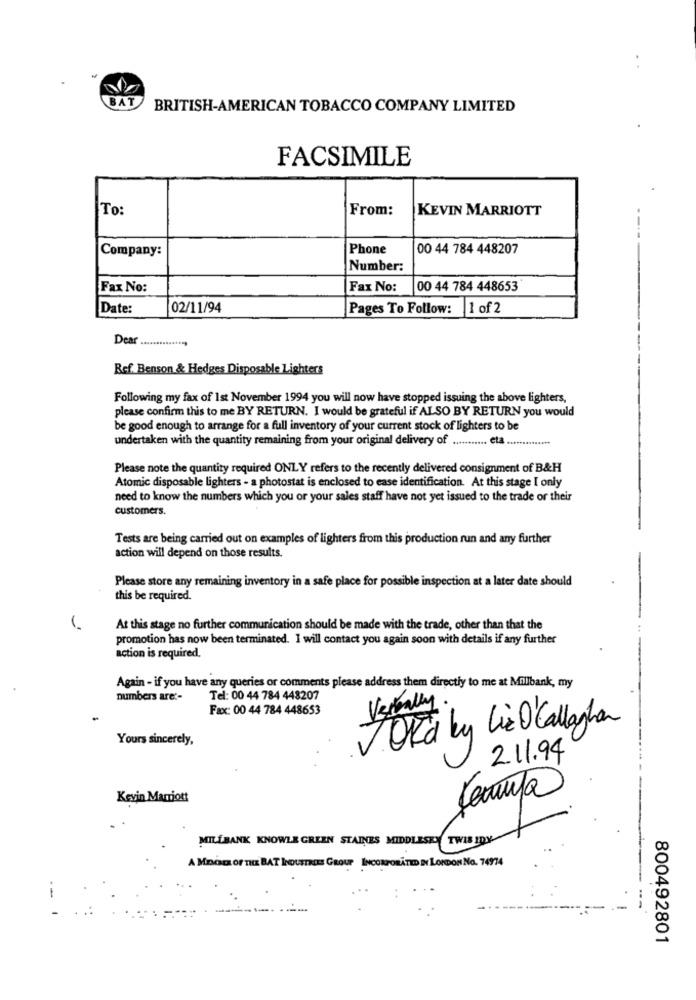
BA
BRITISH-AMERICAN TOBACCO COMPANY LIMITED
FACSIMILE
To:
From:
KEVIN MARRIOTT
Company:
Phone
00 44 784 448207
Number:
Fax No:
Fax No:
00 44 784 448653
Date:
02/11/94
Pages To Follow:
1 of 2
Dear
Ref. Benson & Hedges Disposable Lighters
Following my fax of 1st November 1994 you will now have stopped issuing the above lighters,
please confirm this to me BY RETURN. I would be grateful if ALSO BY RETURN you would
be good enough to arrange for a full inventory of your current stock of lighters to be
undertaken with the quantity remaining from your original delivery of ........... eta .....
Please note the quantity required ONLY refers to the recently delivered consignment of B&H
Atomic disposable lighters - a photostat is enclosed to ease identification. At this stage I only
need to know the numbers which you or your sales staff have not yet issued to the trade or their
customers.
Tests are being carried out on examples of lighters from this production run and any further
action will depend on those results.
Please store any remaining inventory in a safe place for possible inspection at a later date should
this be required.
At this stage no further communication should be made with the trade, other than that the
promotion has now been terminated. I will contact you again soon with details if any further
action is required.
Again - if you have any queries or comments please address them directly to me at Millbank, my
numbers are :-
Tel: 00 44 784 448207
Fax: 00 44 784 448653
Verbally
JORD by lic O'Callaghan
Yours sincerely,
2.11.94
Kevin Marriott
MILLBANK KNOWLE GREEN STAINES MIDDLESKY TWIS IDY
A MEGE OF THEE BAT INDUSTRIES GROUP INCORPORATED IN LONDON NO. 74974
--
800492801